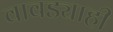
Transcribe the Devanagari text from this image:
वावड्याही